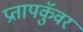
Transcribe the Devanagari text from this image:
प्रतापकुॅवर